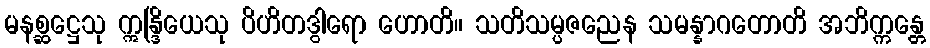
မနစ္ဆဋ္ဌေသု ဣန္ဒြိယေသု ပိဟိတဒွါရော ဟောတိ။ သတိသမ္ပဇညေန သမန္နာဂတောတိ အဘိက္ကန္တေ